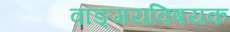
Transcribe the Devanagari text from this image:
वाङ्‌मयविषयक